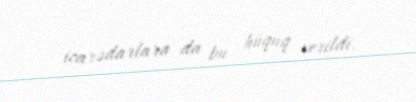
icarədarlara da bu hüquq verildi.